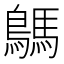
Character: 鷌